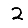
Digit: 2